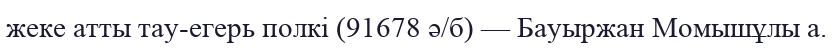
жеке атты тау-егерь полкі (91678 ә/б) — Бауыржан Момышұлы а.